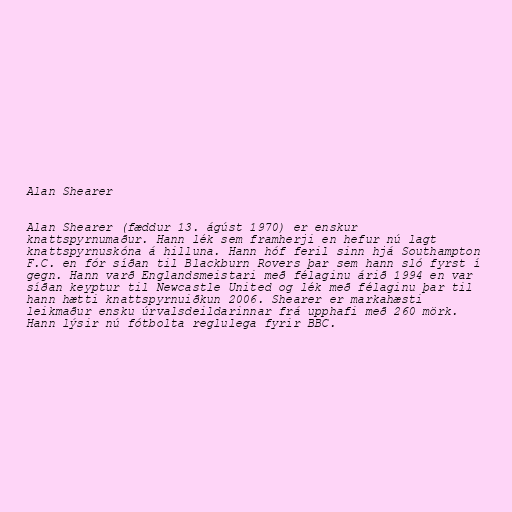
Alan Shearer

Alan Shearer (fæddur 13. ágúst 1970) er enskur
knattspyrnumaður. Hann lék sem framherji en hefur nú lagt
knattspyrnuskóna á hilluna. Hann hóf feril sinn hjá Southampton
F.C. en fór síðan til Blackburn Rovers þar sem hann sló fyrst í
gegn. Hann varð Englandsmeistari með félaginu árið 1994 en var
síðan keyptur til Newcastle United og lék með félaginu þar til
hann hætti knattspyrnuiðkun 2006. Shearer er markahæsti
leikmaður ensku úrvalsdeildarinnar frá upphafi með 260 mörk.
Hann lýsir nú fótbolta reglulega fyrir BBC.